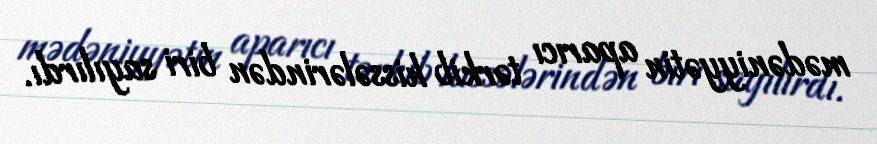
mədəniyyətin aparıcı tərkib hissələrindən biri sayılırdı.